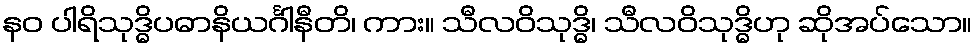
နဝ ပါရိသုဒ္ဓိပဓာနိယင်္ဂါနီတိ၊ ကား။ သီလဝိသုဒ္ဓိ၊ သီလဝိသုဒ္ဓိဟု ဆိုအပ်သော။